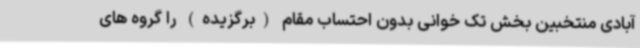
آبادی منتخبین بخش تک خوانی بدون احتساب مقام (برگزیده) را گروه های